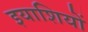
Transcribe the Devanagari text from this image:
इयाशियों